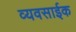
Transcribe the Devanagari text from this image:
व्यवसाईक